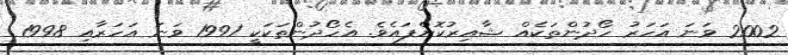
2002 ވަނަ އަހަރު ހޯދުންތަކެއް ޝާއިރުކޮށްފައެވެ. އެހޯދުންތަކަކީ 1991 ވަނަ އަހަރާއި 1998